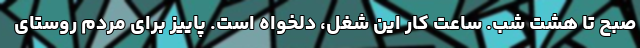
صبح تا هشت شب. ساعت کار این شغل، دلخواه است. پاییز برای مردم روستای